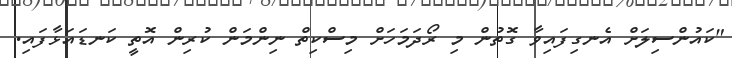
"ކައުންސިލަށް އެނގިފައިވާ ގޮތުން މި ރޯދަމަހަށް މިސްކިތް ނިންމަން ކުރިން އޮތީ ކަނޑައަޅާފައި.